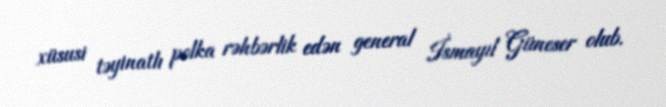
xüsusi təyinatlı polka rəhbərlik edən general İsmayıl Güneser olub.